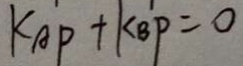
K _ { A P } + K _ { B P } = 0